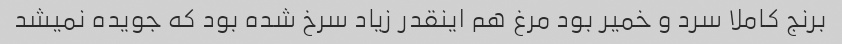
برنج کاملا سرد و خمیر بود مرغ هم اینقدر زیاد سرخ شده بود که جویده نمیشد